Lunatic asylums Punjab 1868-1880 - 1868-1880
Year: 1868
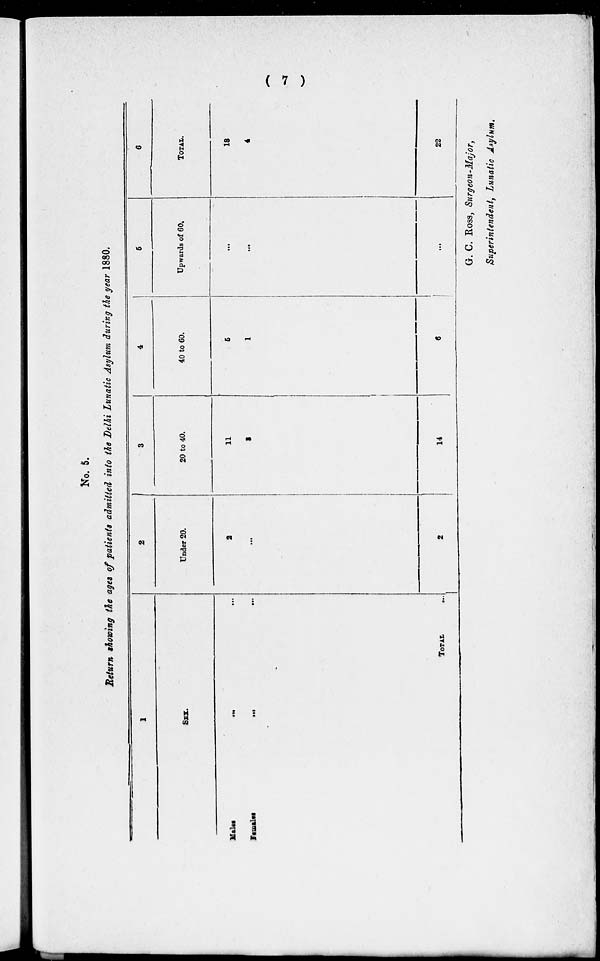
( 7 )
No. 5.
Return showing the ages of patients admitted into the Delhi Lunatic Asylum during the year 1880.
1
SEX.
Males
... ...
Females ... ...
TOTAL
...
2
Under 20.
2
1
2
3
20 to 40.
11
2
14
4
40 to 60.
5
1
6
5
Upwards of 60.
...
...
...
6
TOTAL.
18
4
22
G. C. Ross, Surgeon-Major,
Superintendent, Lunatic Asylum.